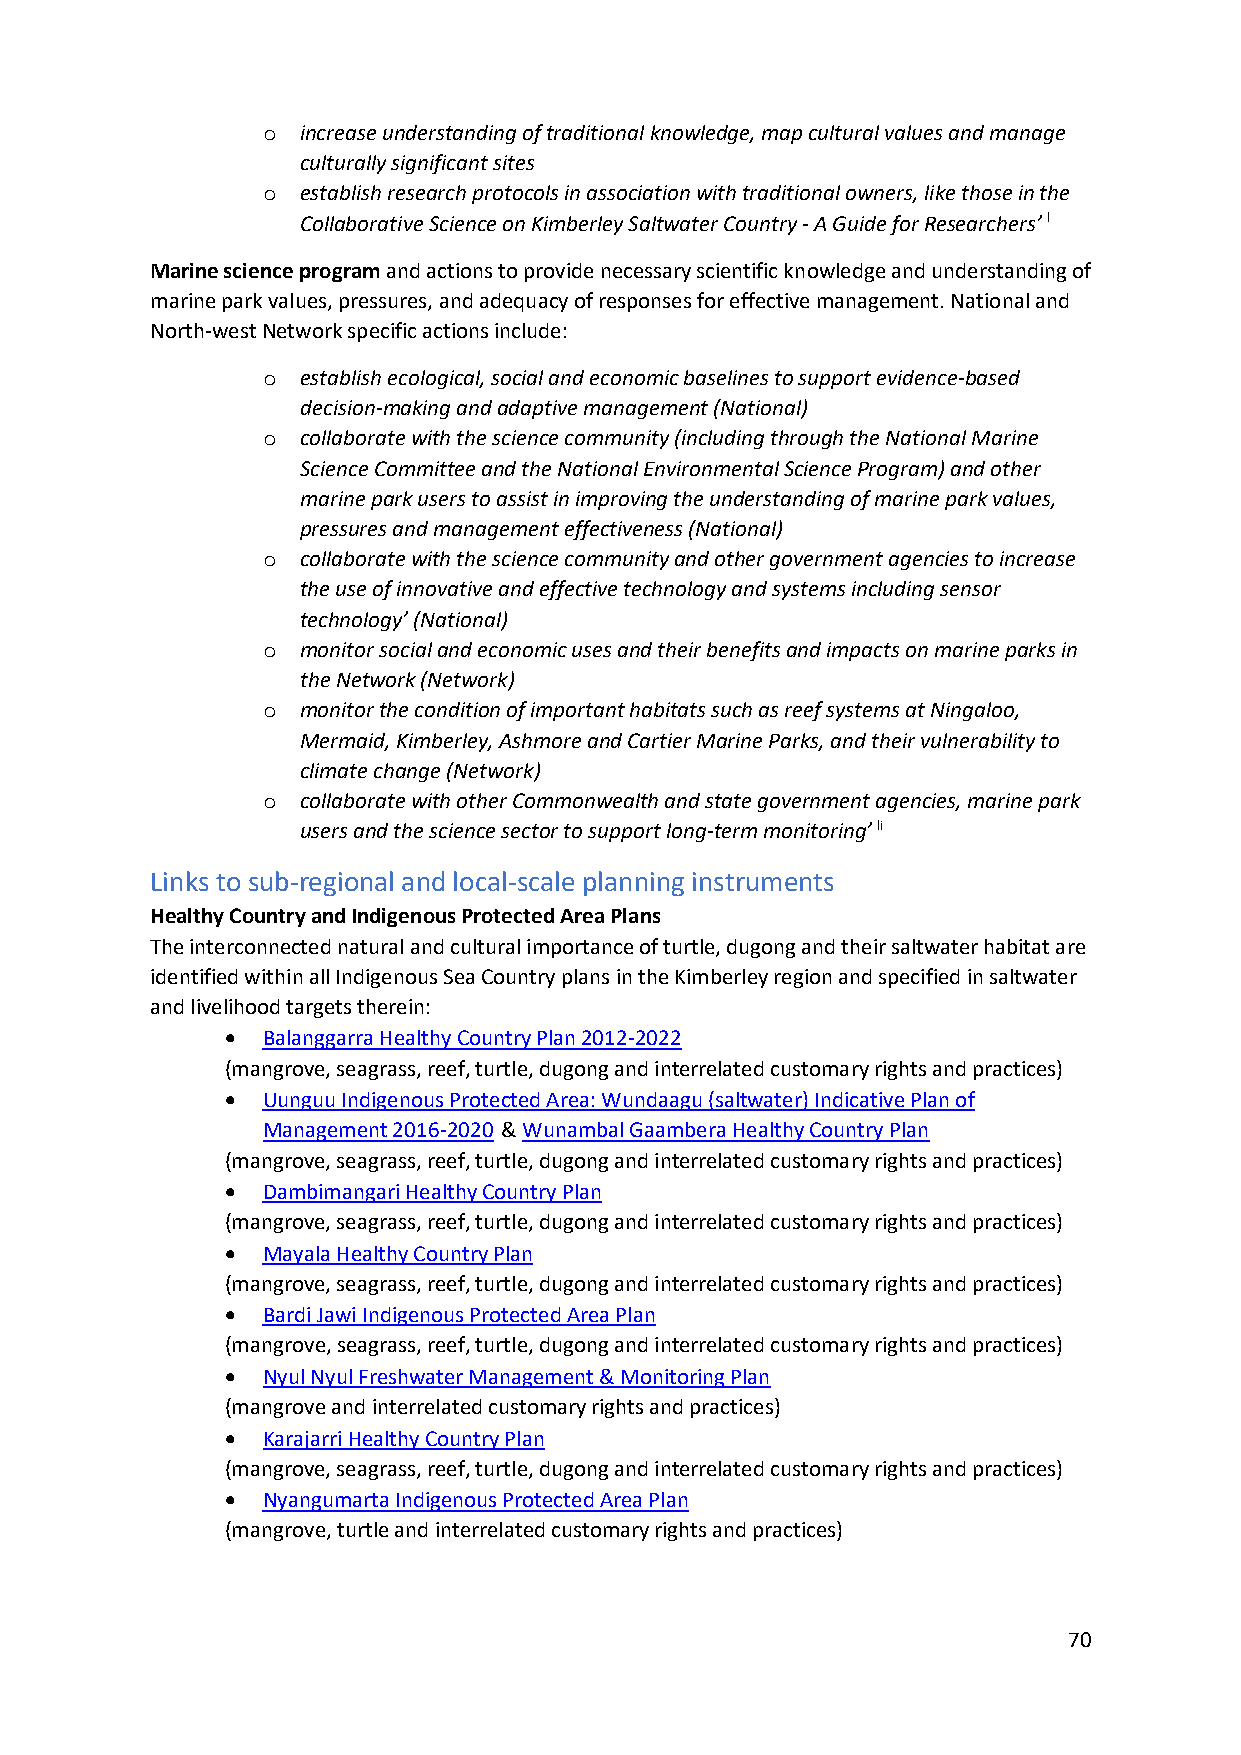
o  increase understanding of traditional knowledge, map cultural values and manage
 culturally significant sites
 o  establish research protocols in association with traditional owners, like those in the
 Collaborative Science on Kimberley Saltwater Country - A Guide for Researchers’ l
 Marine science program and actions to provide necessary scientific knowledge and understanding of
 marine park values, pressures, and adequacy of responses for effective management. National and
 North-west Network specific actions include:
 o  establish ecological, social and economic baselines to support evidence-based
 decision-making and adaptive management (National)
 o  collaborate with the science community (including through the National Marine
 Science Committee and the National Environmental Science Program) and other
 marine park users to assist in improving the understanding of marine park values,
 pressures and management effectiveness (National)
 o  collaborate with the science community and other government agencies to increase
 the use of innovative and effective technology and systems including sensor
 technology’ (National)
 o  monitor social and economic uses and their benefits and impacts on marine parks in
 the Network (Network)
 o  monitor the condition of important habitats such as reef systems at Ningaloo,
 Mermaid, Kimberley, Ashmore and Cartier Marine Parks, and their vulnerability to
 climate change (Network)
 o  collaborate with other Commonwealth and state government agencies, marine park
 users and the science sector to support long-term monitoring’ li
 Links to sub-regional and local-scale planning instruments
 Healthy Country and Indigenous Protected Area Plans
 The interconnected natural and cultural importance of turtle, dugong and their saltwater habitat are
 identified within all Indigenous Sea Country plans in the Kimberley region and specified in saltwater
 and livelihood targets therein:
 • Balanggarra Healthy Country Plan 2012-2022
 (mangrove, seagrass, reef, turtle, dugong and interrelated customary rights and practices)
 • Uunguu Indigenous Protected Area: Wundaagu (saltwater) Indicative Plan of
 Management 2016-2020 & Wunambal Gaambera Healthy Country Plan
 (mangrove, seagrass, reef, turtle, dugong and interrelated customary rights and practices)
 • Dambimangari Healthy Country Plan
 (mangrove, seagrass, reef, turtle, dugong and interrelated customary rights and practices)
 • Mayala Healthy Country Plan
 (mangrove, seagrass, reef, turtle, dugong and interrelated customary rights and practices)
 • Bardi Jawi Indigenous Protected Area Plan
 (mangrove, seagrass, reef, turtle, dugong and interrelated customary rights and practices)
 • Nyul Nyul Freshwater Management & Monitoring Plan
 (mangrove and interrelated customary rights and practices)
 • Karajarri Healthy Country Plan
 (mangrove, seagrass, reef, turtle, dugong and interrelated customary rights and practices)
 • Nyangumarta Indigenous Protected Area Plan
 (mangrove, turtle and interrelated customary rights and practices)
 70